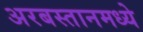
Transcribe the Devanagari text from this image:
अरबस्तानमध्ये